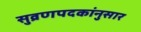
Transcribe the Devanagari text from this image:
सुव्रणपदकांनुसार